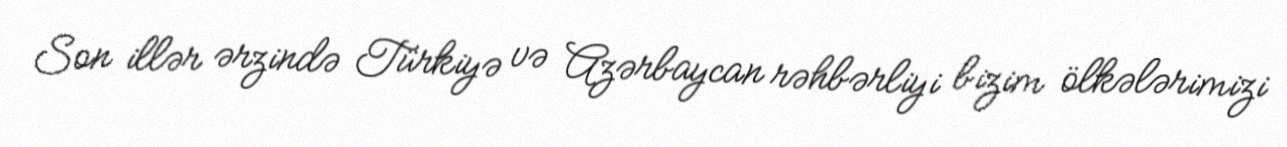
Son illər ərzində Türkiyə və Azərbaycan rəhbərliyi bizim ölkələrimizi